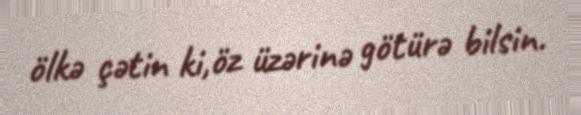
ölkə çətin ki,öz üzərinə götürə bilsin.